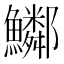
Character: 𩽂